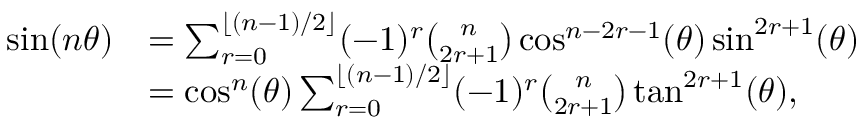
\begin{array} { r l } { \sin ( n \theta ) } & { = \sum _ { r = 0 } ^ { \lfloor ( n - 1 ) / 2 \rfloor } ( - 1 ) ^ { r } \binom { n } { 2 r + 1 } \cos ^ { n - 2 r - 1 } ( \theta ) \sin ^ { 2 r + 1 } ( \theta ) } \\ & { = \cos ^ { n } ( \theta ) \sum _ { r = 0 } ^ { \lfloor ( n - 1 ) / 2 \rfloor } ( - 1 ) ^ { r } \binom { n } { 2 r + 1 } \tan ^ { 2 r + 1 } ( \theta ) , } \end{array}